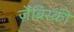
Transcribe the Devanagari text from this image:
ज़ैब्रिस्की